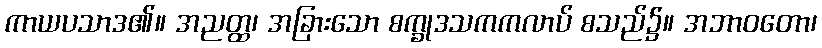
ကာယပသာဒ၏။ အညတ္ထ၊ အခြားသော စက္ခုဒသကကလာပ် စသည်၌။ အဘာဝတော၊